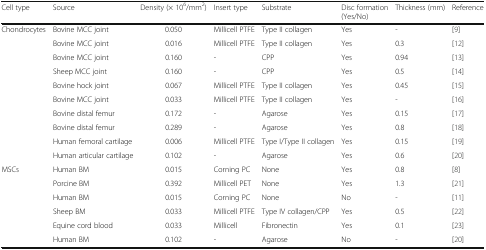
| Cell type | Source | Density (× 106/mm2) | Insert type | Substrate | Disc formation (Yes/No) | Thickness (mm) | Reference |
 | --- | --- | --- | --- | --- | --- | --- | --- |
 | <ROWSPAN=10> Chondrocytes | Bovine MCC joint | 0.050 | Millicell PTFE | Type II collagen | Yes | - | [9] |
 | Bovine MCC joint | 0.016 | Millicell PTFE | Type II collagen | Yes | 0.3 | [12] |
 | Bovine MCC joint | 0.160 | - | CPP | Yes | 0.94 | [13] |
 | Sheep MCC joint | 0.160 | - | CPP | Yes | 0.5 | [14] |
 | Bovine hock joint | 0.067 | Millicell PTFE | Type II collagen | Yes | 0.45 | [15] |
 | Bovine MCC joint | 0.033 | Millicell PTFE | Type II collagen | Yes | - | [16] |
 | Bovine distal femur | 0.172 | - | Agarose | Yes | 0.15 | [17] |
 | Bovine distal femur | 0.289 | - | Agarose | Yes | 0.8 | [18] |
 | Human femoral cartilage | 0.006 | Millicell PTFE | Type I/Type II collagen | Yes | 0.15 | [19] |
 | Human articular cartilage | 0.102 | - | Agarose | Yes | 0.6 | [20] |
 | <ROWSPAN=6> MSCs | Human BM | 0.015 | Corning PC | None | Yes | 0.8 | [8] |
 | Porcine BM | 0.392 | Millicell PET | None | Yes | 1.3 | [21] |
 | Human BM | 0.015 | Corning PC | None | No | - | [11] |
 | Sheep BM | 0.033 | Millicell PTFE | Type IV collagen/CPP | Yes | 0.5 | [22] |
 | Equine cord blood | 0.033 | Millicell | Fibronectin | Yes | 0.1 | [23] |
 | Human BM | 0.102 | - | Agarose | No | - | [20] |